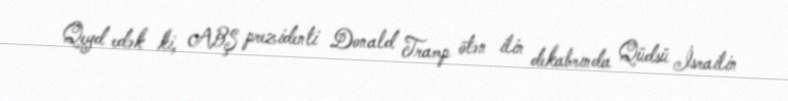
Qeyd edək ki, ABŞ prezidenti Donald Tramp ötən ilin dekabrında Qüdsü İsrailin